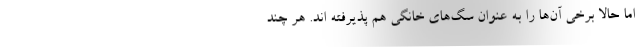
اما حالا برخی آن‌ها را به عنوان سگ‌های خانگی هم پذیرفته اند. هر چند